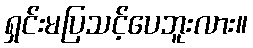
ရှင်းမပြသင့်ပေဘူးလား။